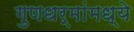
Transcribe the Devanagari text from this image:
गुणधर्मांमध्ये